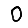
Digit: 0